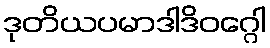
ဒုတိယပမာဒါဒိဝဂ္ဂေါ